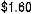
$1.60